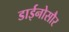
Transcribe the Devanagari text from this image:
डाईनोसौर